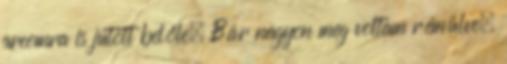
arcomra is jutott belőle. Bár nagyon meg voltam rémülve,